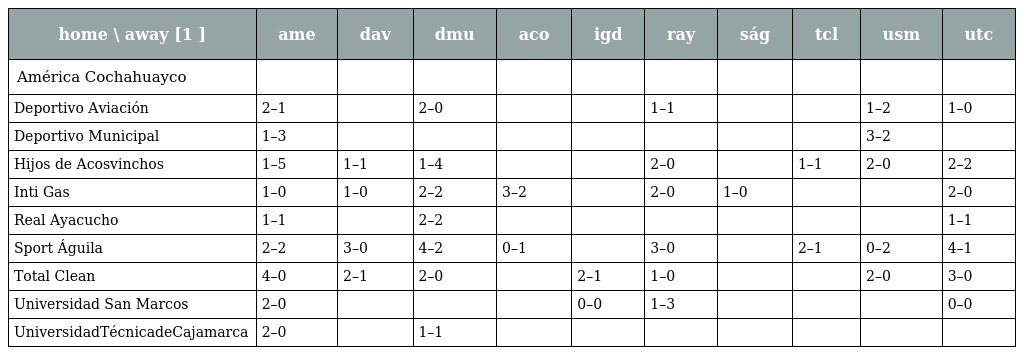
| home \ away [1 ] | ame | dav | dmu | aco | igd | ray | ság | tcl | usm | utc |
 | --- | --- | --- | --- | --- | --- | --- | --- | --- | --- | --- |
 | América Cochahuayco |  |  |  |  |  |  |  |  |  |  |
 | Deportivo Aviación | 2–1 |  | 2–0 |  |  | 1–1 |  |  | 1–2 | 1–0 |
 | Deportivo Municipal | 1–3 |  |  |  |  |  |  |  | 3–2 |  |
 | Hijos de Acosvinchos | 1–5 | 1–1 | 1–4 |  |  | 2–0 |  | 1–1 | 2–0 | 2–2 |
 | Inti Gas | 1–0 | 1–0 | 2–2 | 3–2 |  | 2–0 | 1–0 |  |  | 2–0 |
 | Real Ayacucho | 1–1 |  | 2–2 |  |  |  |  |  |  | 1–1 |
 | Sport Águila | 2–2 | 3–0 | 4–2 | 0–1 |  | 3–0 |  | 2–1 | 0–2 | 4–1 |
 | Total Clean | 4–0 | 2–1 | 2–0 |  | 2–1 | 1–0 |  |  | 2–0 | 3–0 |
 | Universidad San Marcos | 2–0 |  |  |  | 0–0 | 1–3 |  |  |  | 0–0 |
 | UniversidadTécnicadeCajamarca | 2–0 |  | 1–1 |  |  |  |  |  |  |  |